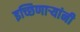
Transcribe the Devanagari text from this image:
इच्छिणाऱ्यांनी